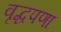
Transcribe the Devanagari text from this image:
वृद्धपणा